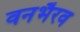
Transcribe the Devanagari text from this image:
वनभैरव